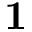
\mathbf { 1 }